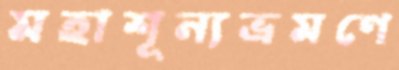
মহাশূন্যভ্রমণে